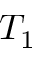
T _ { 1 }